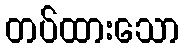
တပ်ထားသော